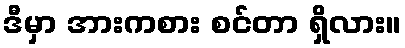
ဒီမှာ အားကစား စင်တာ ရှိလား။